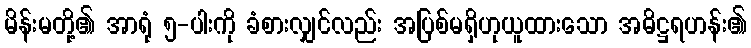
မိန်းမတို့၏ အာရုံ ၅-ပါးကို ခံစားလျှင်လည်း အပြစ်မရှိဟုယူထားသော အဓိဋ္ဌရဟန်း၏